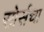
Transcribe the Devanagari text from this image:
सोर्सचा